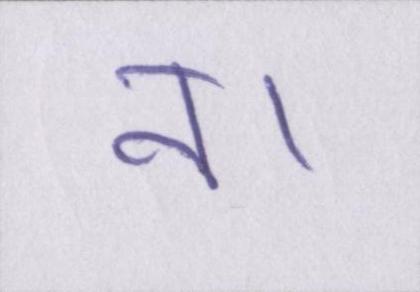
न।